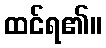
ထင်ရ၏။